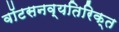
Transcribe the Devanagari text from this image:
वॉटसनव्यतिरिक्त